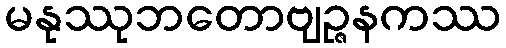
မနုဿုဘတောဗျဉ္ဇနကဿ